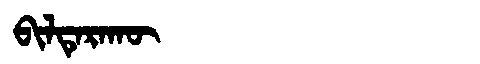
Manchu: ᠪᡳᠯᡨᡝᡵᠠᡴᡡ
Romanization: BILTERAKŪ